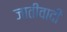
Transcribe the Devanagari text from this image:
जातीवादी